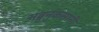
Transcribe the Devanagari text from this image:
अब्रुनुकसानी